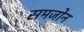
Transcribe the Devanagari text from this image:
समजोन